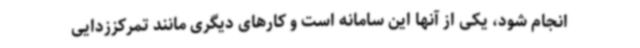
انجام شود، یکی از آنها این سامانه است و کارهای دیگری مانند تمرکززدایی